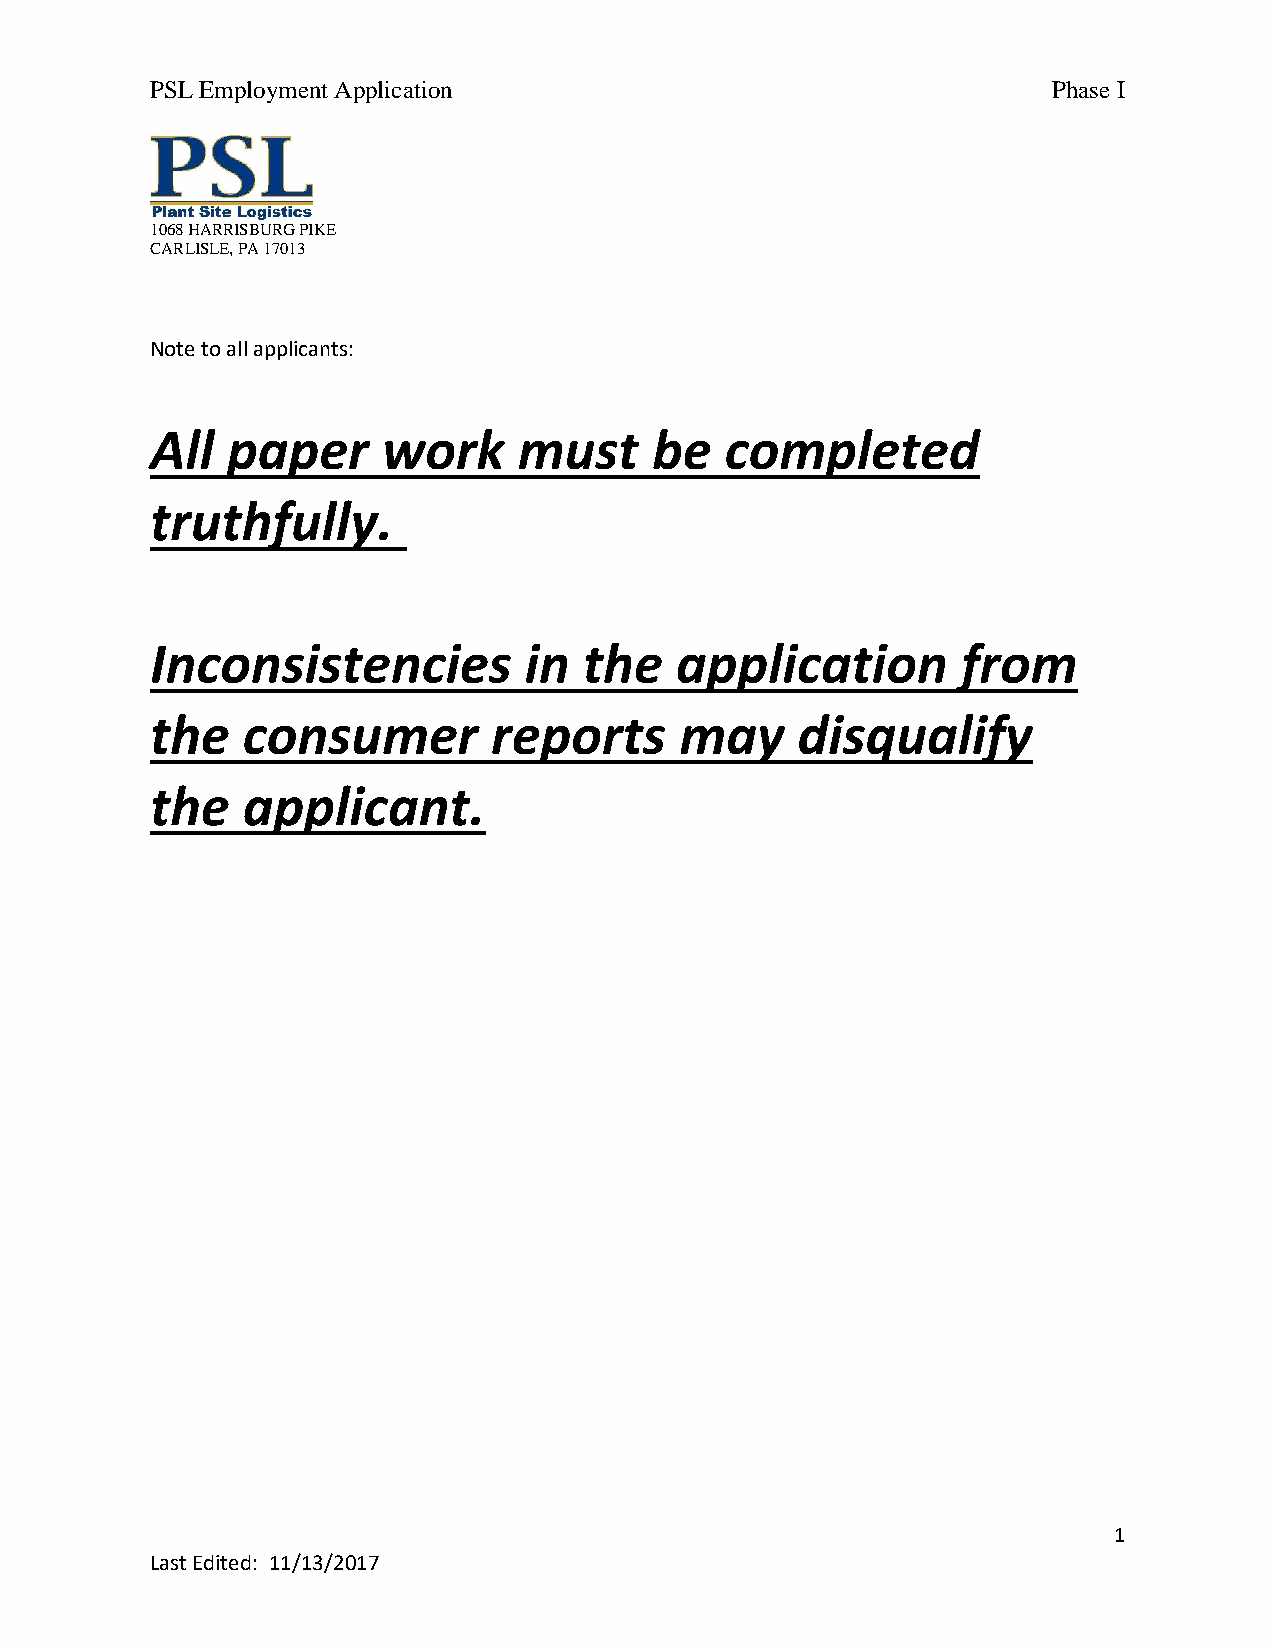
PSL Employment Application                                  Phase I
 1068 HARRISBURG PIKE
 CARLISLE, PA 17013
 Note to all applicants:
 All  paper     work     must     be   completed
 truthfully.
 Inconsistencies          in  the   application        from
 the   consumer         reports     may     disqualify
 the   applicant.
 1
 Last Edited: 11/13/2017